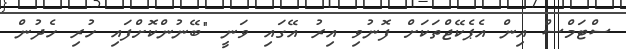
ސްޓަމްސް އިން އެޕެކޭޖްތަކަށް ފޮނުވި އިރު އޭގައި ވަނީ "ބޭނުންކޮށްފައި ހުރި ހެދުން